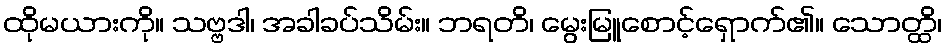
ထိုမယားကို။ သဗ္ဗဒါ၊ အခါခပ်သိမ်း။ ဘရတိ၊ မွေးမြူစောင့်ရှောက်၏။ သောတ္ထိ၊